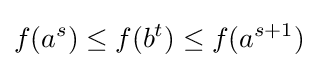
f(a^{s})\leq f(b^{t})\leq f(a^{s+1})